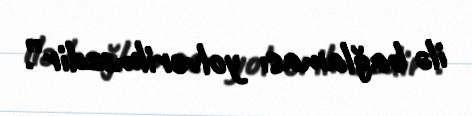
ilə bağlaması yolverilməzdir”.